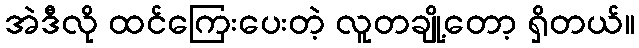
အဲဒီလို ထင်ကြေးပေးတဲ့ လူတချို့တော့ ရှိတယ်။